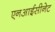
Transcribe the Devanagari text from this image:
एनआईसीनेट